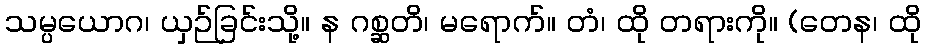
သမ္ပယောဂ၊ ယှဉ်ခြင်းသို့။ န ဂစ္ဆတိ၊ မရောက်။ တံ၊ ထို တရားကို။ (တေန၊ ထို